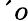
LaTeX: ´{o}